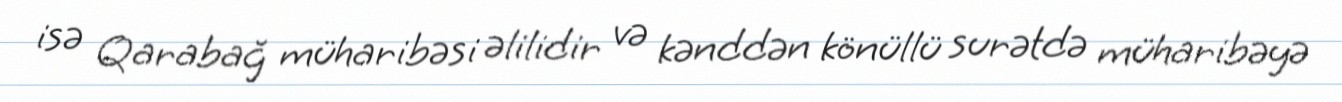
isə Qarabağ müharibəsi əlilidir və kənddən könüllü surətdə müharibəyə